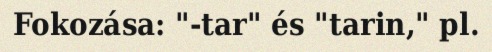
Fokozása: "-tar" és "tarin," pl.